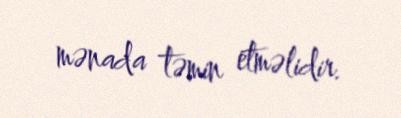
mənada təmin etməlidir.